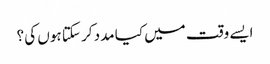
ایسے وقت میں کیا مدد کر سکتا ہوں کی ؟